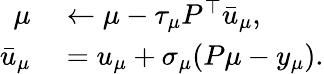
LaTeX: \begin{array}{rl}{\mu}&{{}\leftarrow\mu-\tau_{\mu}P^{\top}\bar{u}_{\mu},}\\ {\bar{u}_{\mu}}&{{}=u_{\mu}+\sigma_{\mu}(P\mu-y_{\mu}).}\end{array}